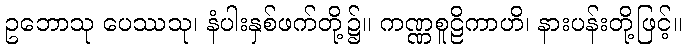
ဥဘောသု ပေဿသု၊ နံပါးနှစ်ဖက်တို့၌။ ကဏ္ဏစူဠိကာဟိ၊ နားပန်းတို့ဖြင့်။